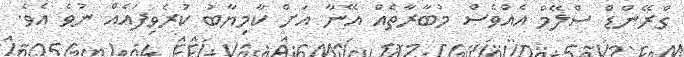
ގްރޭންޑް ސްލޭމް އެއްވެސް މުބާރާތެއް އޭނާ އަށް ކާމިޔާބު ކުރެވިފައެއް ނުވެ އެވެ.